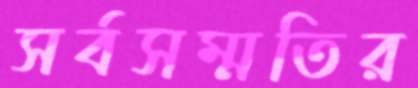
সর্বসম্মতির